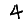
Digit: 4